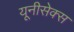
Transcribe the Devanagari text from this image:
यूनीसेक्स